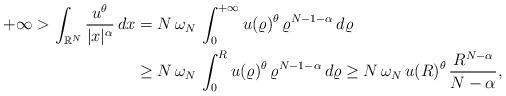
LaTeX: \begin{align*}+\infty>\int_{\mathbb{R}^N} \frac{u^\theta}{|x|^\alpha}\,dx&=N\,\omega_N\, \int_0^{+\infty} u(\varrho)^\theta\,\varrho^{N-1-\alpha}\, d\varrho\\&\ge N\,\omega_N\, \int_0^{R} u(\varrho)^\theta\, \varrho^{N-1-\alpha}\,d\varrho\ge N\,\omega_N\, u(R)^\theta\, \frac{R^{N-\alpha}}{N-\alpha},\end{align*}